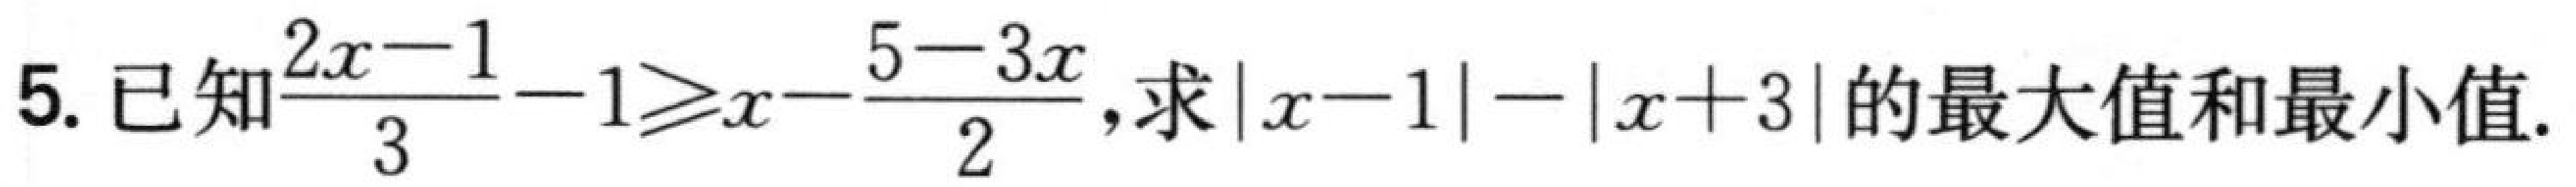
5. 已知\(\frac{2x - 1}{3}-1\geq x-\frac{5 - 3x}{2}\),求\(\vert x - 1\vert-\vert x + 3\vert\)的最大值和最小值.